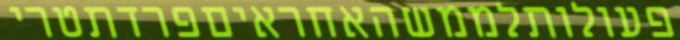
פעולותלממשהאחראיםפרדתטרי